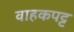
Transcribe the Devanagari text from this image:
वाहकपट्ट